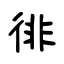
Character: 徘